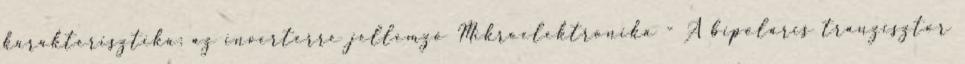
karakterisztika: az inverterre jellemző Mikroelektronika - A bipoláris tranzisztor